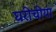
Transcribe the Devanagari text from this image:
घरीचीया